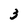
Character: 3